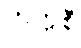
တက္ကစီ